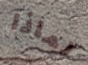
لماذا